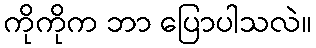
ကိုကိုက ဘာ ပြောပါသလဲ။